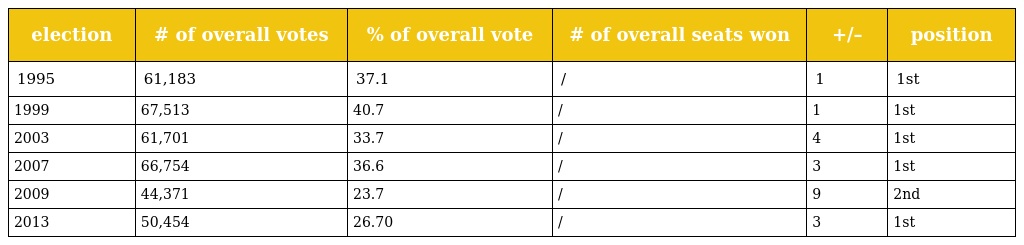
| election | # of overall votes | % of overall vote | # of overall seats won | +/– | position |
 | --- | --- | --- | --- | --- | --- |
 | 1995 | 61,183 | 37.1 | / | 1 | 1st |
 | 1999 | 67,513 | 40.7 | / | 1 | 1st |
 | 2003 | 61,701 | 33.7 | / | 4 | 1st |
 | 2007 | 66,754 | 36.6 | / | 3 | 1st |
 | 2009 | 44,371 | 23.7 | / | 9 | 2nd |
 | 2013 | 50,454 | 26.70 | / | 3 | 1st |